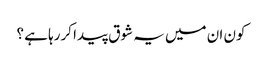
کون ان میں یہ شوق پیدا کررہا ہے ؟